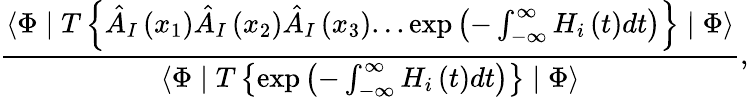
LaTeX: \frac{\langle\Phi\mid T\left\{ \hat{A}_{I}\left(x_{1}\right)\hat{A}_{I}\left(x_{2}\right)\hat{A}_{I}\left(x_{3}\right)...\exp\left(-\int_{-\infty}^{\infty}H_{i}\left(t\right)dt\right)\right\} \mid\Phi\rangle}{\langle\Phi\mid T\left\{ \exp\left(-\int_{-\infty}^{\infty}H_{i}\left(t\right)dt\right)\right\} \mid\Phi\rangle},